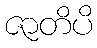
ဇာတိပိ